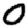
Digit: 0